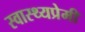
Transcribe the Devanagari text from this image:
स्वास्थ्यप्रेमी